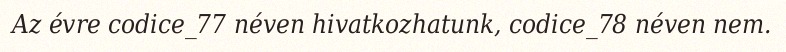
Az évre codice_77 néven hivatkozhatunk, codice_78 néven nem.